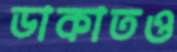
ডাকাতও